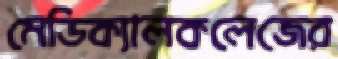
মেডিক্যালকলেজের